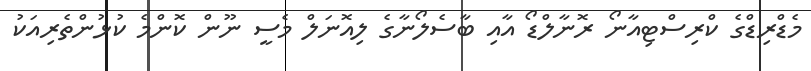
މެޑްރިޑްގެ ކްރިސްޓިއާނޯ ރޮނާލްޑޯ އާއި ބާސެލޯނާގެ ލިއޮނަލް މެސީ ނޫން ކޮންމެ ކުޅުންތެރިއަކު